system: You are a helpful assistant.
user:
Analyze the provided spectrum to determine if it is a **S-type Star**.

- **Key Indicators for S-type Star:**

    - **(Overall Spectrum Shape):** The first and most obvious characteristic is the overall continuum (the "baseline" shape). It is **extremely "red-sloping,"** meaning the flux (light intensity) is very low on the left side (blue, ~4000-4500 Å) and rises steeply and continuously toward the right side (red, ~7000 Å+).

    - **(Primary):** The spectrum is defined by the presence of strong, broad molecular absorption "valleys" (bands) from **Zirconium Oxide (ZrO)**. The identification of these bands is the **primary requirement** for classifying a star as S-type.
        - **(Key Bandheads):** You must find distinct, deep "dips" where the light has been absorbed. The most critical band systems to locate are:
            - **~6474 Å** ($\gamma$-system): This is often the strongest and clearest ZrO feature, found in the red part of the spectrum.
            - **~5718 Å** & **~5551 Å** ($\beta$-system): A pair of prominent absorption features in the yellow-orange part of the spectrum.
            - **~4640 Å** ($\alpha$-system): A key absorption band system in the blue-green region of the spectrum.

    - **(Secondary Confirmation):** The classification is strengthened by finding additional absorption bands from other related heavy element oxides, which are expected to be present alongside ZrO.
        - **(Key Bandheads):**
            - **Yttrium Oxide (YO):** Look for absorption dips near **~4800 Å** and **~6100 Å**.
            - **Lanthanum Oxide (LaO):** Additional absorption features, particularly in the red-orange part of the spectrum, are also characteristic.

    - **(Line Profile):** The combination of the steep red continuum and these numerous, deep molecular bands (ZrO, YO, etc.) gives the entire spectrum a very **"chopped-up"** or **"bumpy"** appearance. Instead of a smooth curve, the spectrum looks as though large, wide chunks of light have been "carved out" of it at the specific wavelengths listed above.

Think first, call **spectral_visualization_tool** if needed to examine features in detail, then provide your final answer. Your response must adhere to the following strict rules:
1.  **Overall Structure:** Your response must follow the format `<think>...</think> <tool_call>...</tool_call> (if a tool is used) <answer>...</answer>`.
2.  **Tool Usage Constraint:** You may only make **one** tool call per turn.
3.  **Final Answer Format:** In the `<answer>` tag, your conclusion must be inside a `\boxed{}` command (e.g., `\boxed{YES}` or `\boxed{NO}`), followed by your justification.

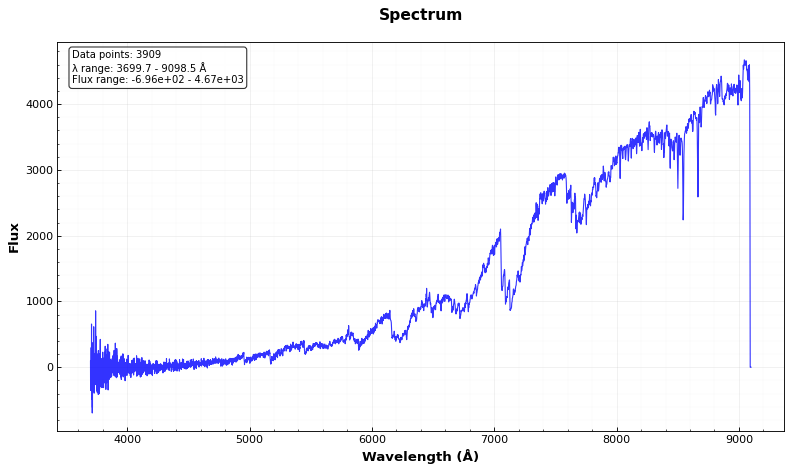
Answer: YES